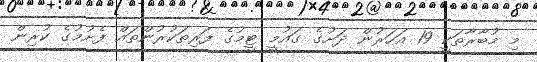
މި މުބާރާތަކީ 19 އަަހަރުން ދަށުގެ ގައުމީ ޓީމުގެ ފަރިތަކުުރުންތައް ފެށުމުގެ ކުރިން